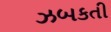
ઝબકતી